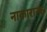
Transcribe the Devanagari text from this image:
नाकारात्क